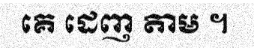
គេ ដេញ តាម ។